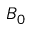
B _ { 0 }